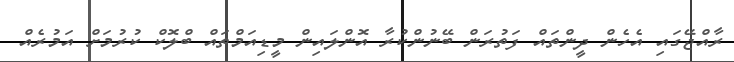
ރާއްޖޭގައި އެހެން ދީންތައް ފަތުރަން ބޭނުންކުރާ އޮންލައިން މީޑިއަމްތައް ބްލޮކް ކުރުމަށް އަމުރެއް